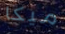
ميكا